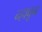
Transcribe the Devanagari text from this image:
न्हावून